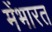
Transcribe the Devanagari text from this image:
मेंभारत